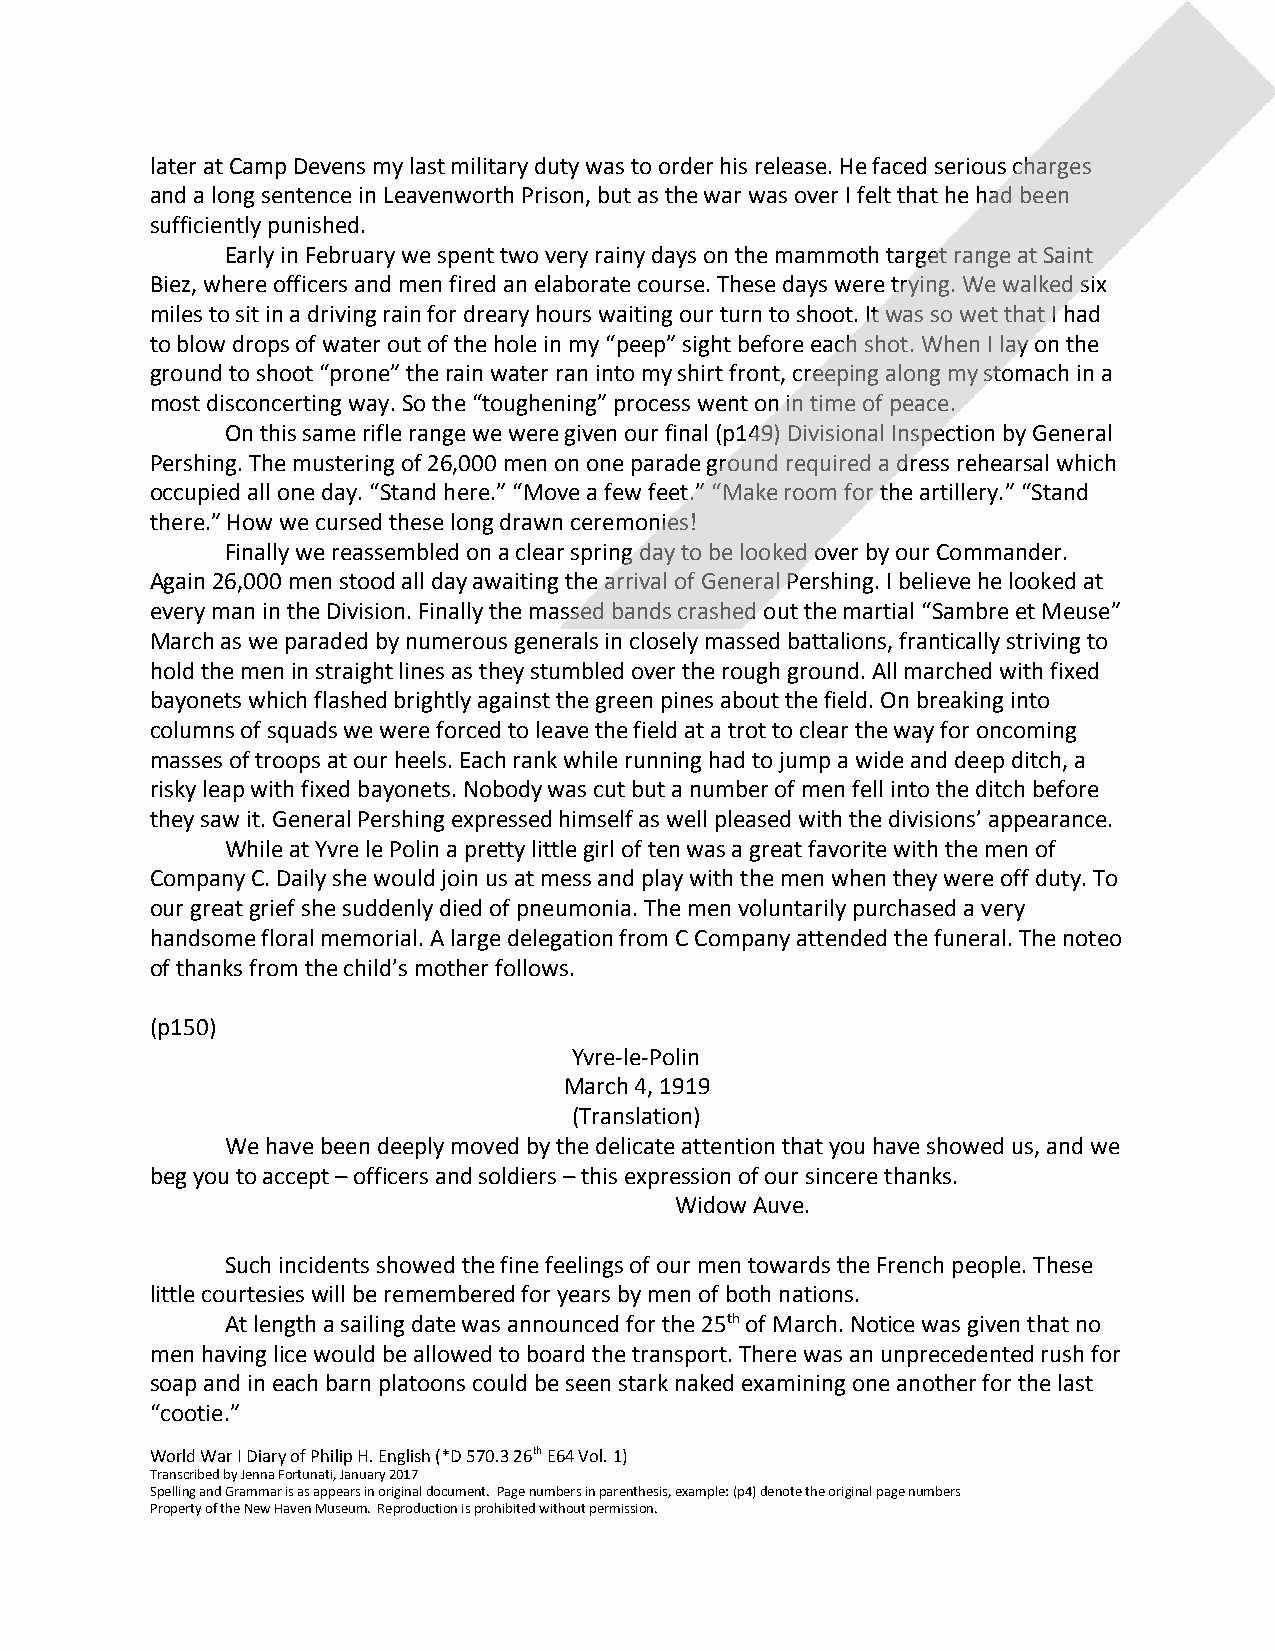
later at Camp Devens my last military duty was to order his release. He faced serious charges
 and a long sentence in Leavenworth Prison, but as the war was over I felt that he had been
 sufficiently punished.
 Early in February we spent two very rainy days on the mammoth target range at Saint
 Biez, where officers and men fired an elaborate course. These days were trying. We walked six
 miles to sit in a driving rain for dreary hours waiting our turn to shoot. It was so wet that I had
 to blow drops of water out of the hole in my “peep” sight before each shot. When I lay on the
 ground to shoot “prone” the rain water ran into my shirt front, creeping along my stomach in a
 most disconcerting way. So the “toughening” process went on in time of peace.
 On this same rifle range we were given our final (p149) Divisional Inspection by General
 Pershing. The mustering of 26,000 men on one parade ground required a dress rehearsal which
 occupied all one day. “Stand here.” “Move a few feet.” “Make room for the artillery.” “Stand
 there.” How we cursed these long drawn ceremonies!
 Finally we reassembled on a clear spring day to be looked over by our Commander.
 Again 26,000 men stood all day awaiting the arrival of General Pershing. I believe he looked at
 every man in the Division. Finally the massed bands crashed out the martial “Sambre et Meuse”
 March as we paraded by numerous generals in closely massed battalions, frantically striving to
 hold the men in straight lines as they stumbled over the rough ground. All marched with fixed
 bayonets which flashed brightly against the green pines about the field. On breaking into
 columns of squads we were forced to leave the field at a trot to clear the way for oncoming
 masses of troops at our heels. Each rank while running had to jump a wide and deep ditch, a
 risky leap with fixed bayonets. Nobody was cut but a number of men fell into the ditch before
 they saw it. General Pershing expressed himself as well pleased with the divisions’ appearance.
 While at Yvre le Polin a pretty little girl of ten was a great favorite with the men of
 Company C. Daily she would join us at mess and play with the men when they were off duty. To
 our great grief she suddenly died of pneumonia. The men voluntarily purchased a very
 handsome floral memorial. A large delegation from C Company attended the funeral. The noteo
 of thanks from the child’s mother follows.
 (p150)
 Yvre-le-Polin
 March 4, 1919
 (Translation)
 We have been deeply moved by the delicate attention that you have showed us, and we
 beg you to accept – officers and soldiers – this expression of our sincere thanks.
 Widow Auve.
 Such incidents showed the fine feelings of our men towards the French people. These
 little courtesies will be remembered for years by men of both nations.
 At length a sailing date was announced for the 25th of March. Notice was given that no
 ​
 ​
 men having lice would be allowed to board the transport. There was an unprecedented rush for
 soap and in each barn platoons could be seen stark naked examining one another for the last
 “cootie.”
 World War I Diary of Philip H. English (*D 570.3 26th ​ E64 Vol. 1)
 ​
 Transcribed by Jenna Fortunati, January 2017
 Spelling and Grammar is as appears in original document. Page numbers in parenthesis, example: (p4) denote the original page numbers
 Property of the New Haven Museum. Reproduction is prohibited without permission.